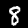
Label: 8